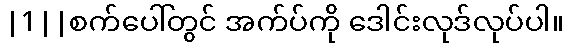
|1||စက်ပေါ်တွင် အက်ပ်ကို ဒေါင်းလုဒ်လုပ်ပါ။